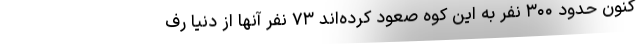
کنون حدود ۳۰۰ نفر به این کوه صعود کرده‌اند ۷۳ نفر آنها از دنیا رف